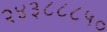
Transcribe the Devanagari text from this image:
२४३८८८५०